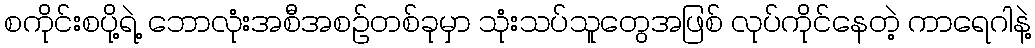
စကိုင်းစပို့ရဲ့ ဘောလုံးအစီအစဉ်တစ်ခုမှာ သုံးသပ်သူတွေအဖြစ် လုပ်ကိုင်နေတဲ့ ကာရေဂါနဲ့